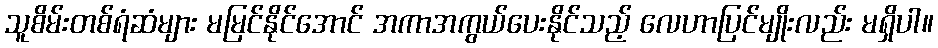
သူစိမ်းတစ်ရံဆံများ မမြင်နိုင်အောင် အကာအကွယ်ပေးနိုင်သည့် လေဟာပြင်မျိုးလည်း မရှိပါ။